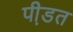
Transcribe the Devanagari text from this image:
पी़डत